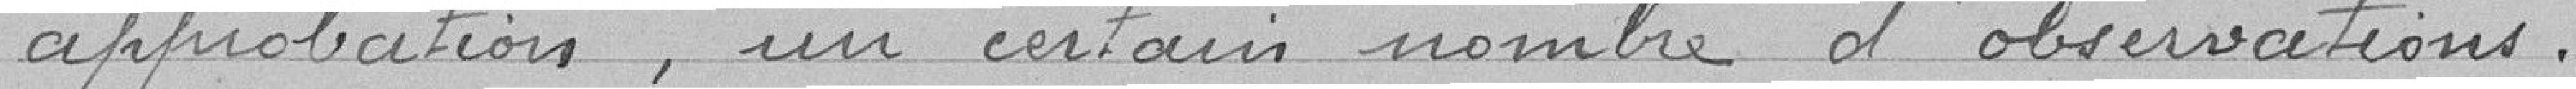
approbations, un certain nombre d'observations.approbation, un certain nombre d’observations.